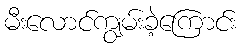
မီးလောင်ကျွမ်းခဲ့ကြောင်း